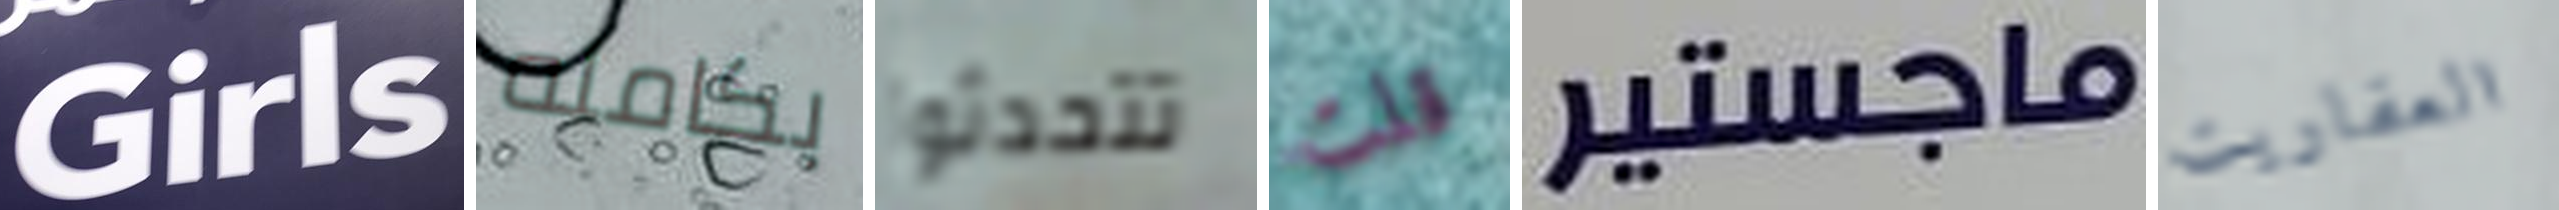
Girls بكامله تتحدثوا قلت ماجستير العفاريت